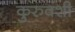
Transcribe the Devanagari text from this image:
कुरुवंशी